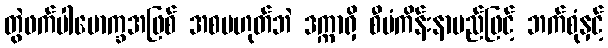
တွဲဖက်ပါမောက္ခအဖြစ် အစမဟုတ်ဘဲ ဒက္ကာရှိ စီမံကိန်းနာမည်ဖြင့် ဘက်စုံနှင့်